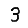
Digit: 3